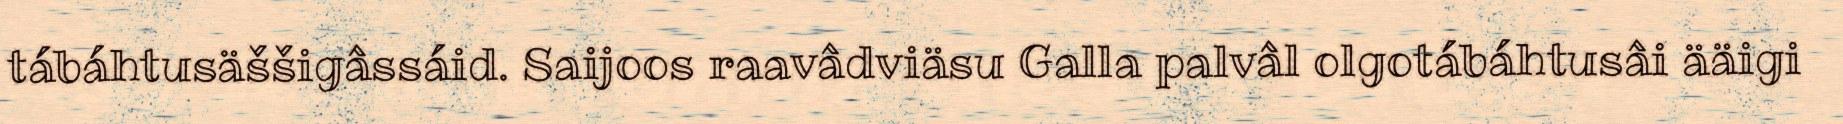
tábáhtusäššigâssáid. Saijoos raavâdviäsu Galla palvâl olgotábáhtusâi ääigi